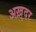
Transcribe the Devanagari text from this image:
अख़्दर